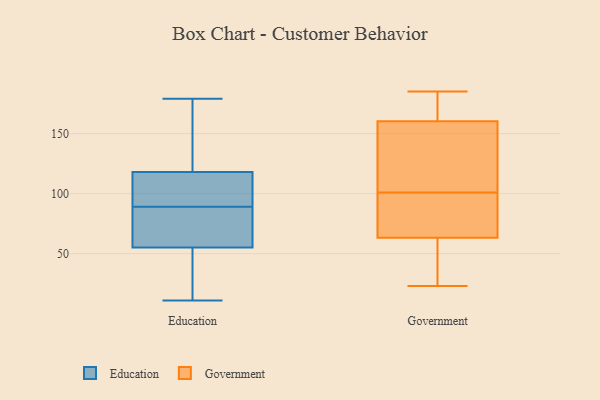
{"axis": {"x": "Temperature (°C)", "y": "Value"}, "legend": ["Education", "Government"], "data": [{"x": "", "y": 55, "type": "Education"}, {"x": "", "y": 89, "type": "Education"}, {"x": "", "y": 175, "type": "Education"}, {"x": "", "y": 118, "type": "Education"}, {"x": "", "y": 134, "type": "Education"}, {"x": "", "y": 179, "type": "Education"}, {"x": "", "y": 32, "type": "Education"}, {"x": "", "y": 66, "type": "Education"}, {"x": "", "y": 81, "type": "Education"}, {"x": "", "y": 118, "type": "Education"}, {"x": "", "y": 87, "type": "Education"}, {"x": "", "y": 45, "type": "Education"}, {"x": "", "y": 110, "type": "Education"}, {"x": "", "y": 15, "type": "Education"}, {"x": "", "y": 89, "type": "Education"}, {"x": "", "y": 11, "type": "Education"}, {"x": "", "y": 145, "type": "Education"}, {"x": "", "y": 96, "type": "Education"}, {"x": "", "y": 79, "type": "Government"}, {"x": "", "y": 34, "type": "Government"}, {"x": "", "y": 113, "type": "Government"}, {"x": "", "y": 61, "type": "Government"}, {"x": "", "y": 185, "type": "Government"}, {"x": "", "y": 175, "type": "Government"}, {"x": "", "y": 23, "type": "Government"}, {"x": "", "y": 122, "type": "Government"}, {"x": "", "y": 101, "type": "Government"}, {"x": "", "y": 70, "type": "Government"}, {"x": "", "y": 173, "type": "Government"}]}